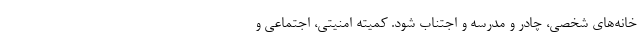
خانه‌های شخصی، چادر و مدرسه و اجتناب شود. کمیته امنیتی، اجتماعی و